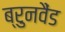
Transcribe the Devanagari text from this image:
ब्रुनवैंड